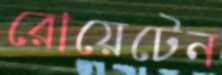
রোয়েটেন